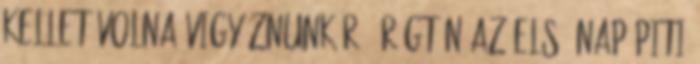
kellet volna vigyáznunk rá. Rögtön az első nap piti